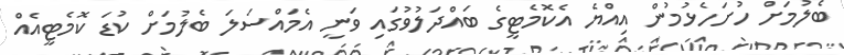
ބެލުމަށް ހުށަހެޅުމުން އިއްޔެ އެކޮމެޓީގެ ބައްދަލުވުގައި ވަނީ އެމައްސަލަ ބެލުމަށް ކުޑަ ކޮމެޓީއެއް